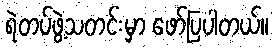
ရဲတပ်ဖွဲ့သတင်းမှာ ဖော်ပြပါတယ်။